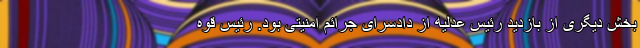
بخش دیگری از بازدید رئیس عدلیه از دادسرای جرائم امنیتی بود. رئیس قوه